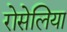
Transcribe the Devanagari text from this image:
रोसेलिया